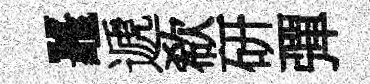
鼉遞欷研彈